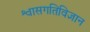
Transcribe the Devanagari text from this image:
श्वासगतिविज्ञान